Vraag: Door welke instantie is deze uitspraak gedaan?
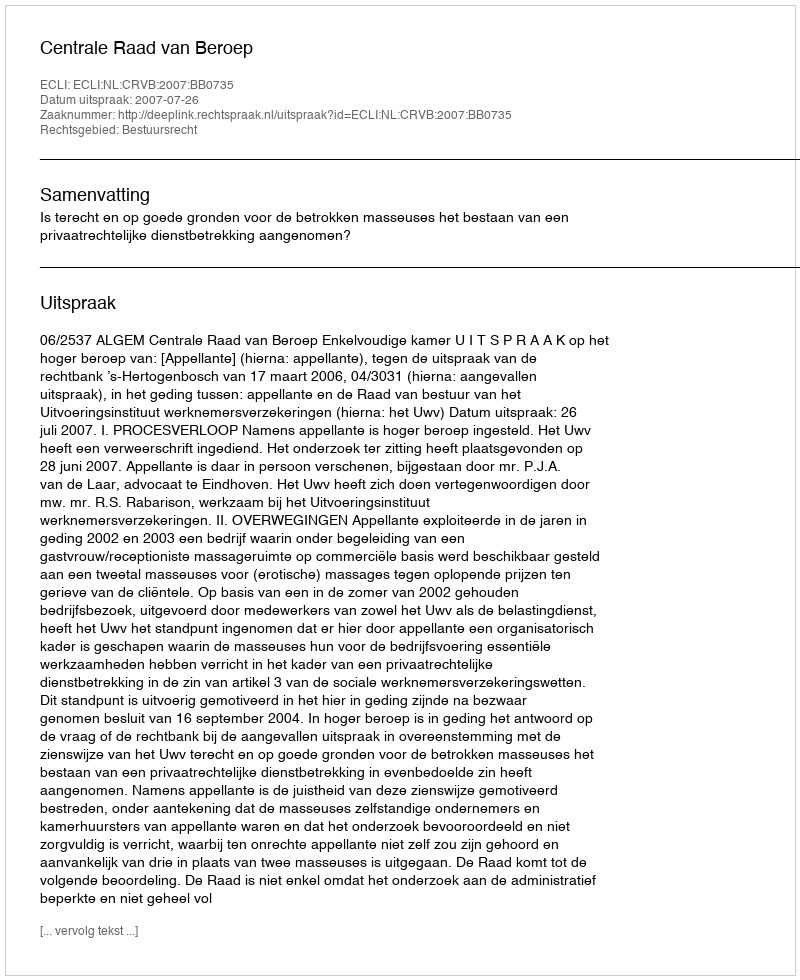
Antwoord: Centrale Raad van Beroep